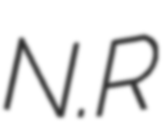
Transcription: N.R